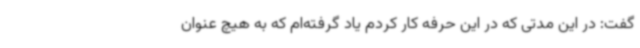
گفت: در این مدتی که در این حرفه کار کردم یاد گرفته‌ام که به هیچ عنوان